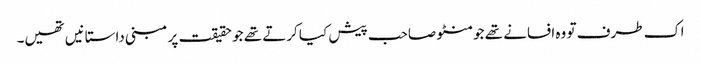
اک طرف تو وہ افسانے تھے جو منٹو صاحب پیش کیا کرتے تھے جو حقیقت پر مبنی داستانیں تھیں۔